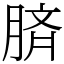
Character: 𦜝